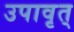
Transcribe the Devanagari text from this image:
उपावृत्